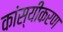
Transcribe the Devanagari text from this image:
कांस्यीकरण